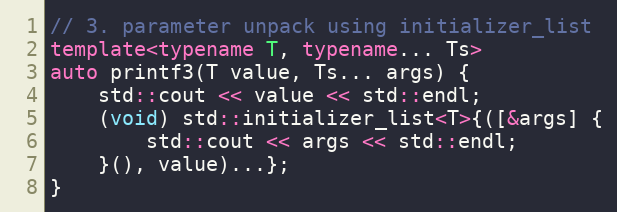
Language: C++
// 3. parameter unpack using initializer_list
template<typename T, typename... Ts>
auto printf3(T value, Ts... args) {
    std::cout << value << std::endl;
    (void) std::initializer_list<T>{([&args] {
        std::cout << args << std::endl;
    }(), value)...};
}